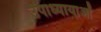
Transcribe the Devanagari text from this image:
उपाध्यायाओं